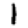
Digit: 1